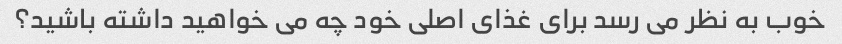
خوب به نظر می رسد برای غذای اصلی خود چه می خواهید داشته باشید؟